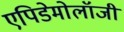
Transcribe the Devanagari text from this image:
एपिडेमोलॉजी